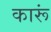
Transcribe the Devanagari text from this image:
कारूं